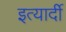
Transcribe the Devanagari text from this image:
इत्यार्दी